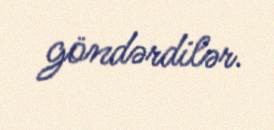
göndərdilər.